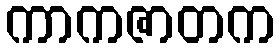
ကာကဇာတက